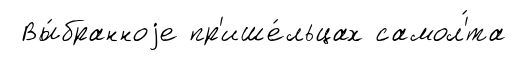
Вы́бранноjе пр'ише́льцах самол'́та